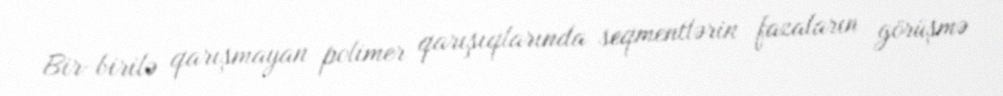
Bir-birilə qarışmayan polimer qarışıqlarında seqmentlərin fazaların görüşmə